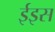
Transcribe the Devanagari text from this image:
ईइस